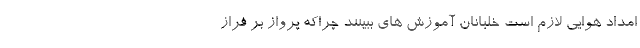
امداد هوایی لازم است خلبانان آموزش های ببینند چراکه پرواز بر فراز